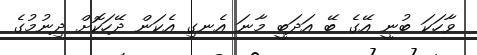
ވާހަކަ ބުނީ އޭގެ ބޭ އަދަބީ މާނަ އެނގި އެކަން ދޭހަކޮށް ދިނުމުގެ